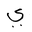
Letter: _ya